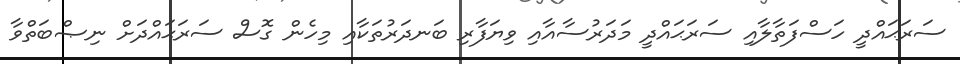
ސަރަޙައްދީ ހަސްފަތާލާއި ސަރަޙައްދީ މަދަރުސާއާއި ވިޔަފާރި ބަނދަރުތަކާއި މިހެން ގޮސް ސަރަޙައްދަށް ނިޞްބަތްވާ